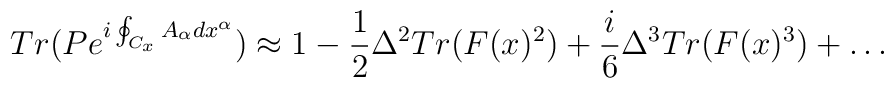
Tr(Pe^{i\oint_{C_x} A_\alpha dx^\alpha}) \approx1-{1\over 2}\Delta^2 Tr(F(x)^2) +{i\over 6} \Delta^3 Tr(F(x)^3)+\dots